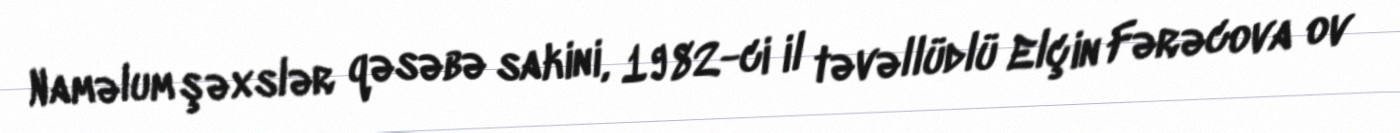
Naməlum şəxslər qəsəbə sakini, 1982-ci il təvəllüdlü Elçin Fərəcova ov